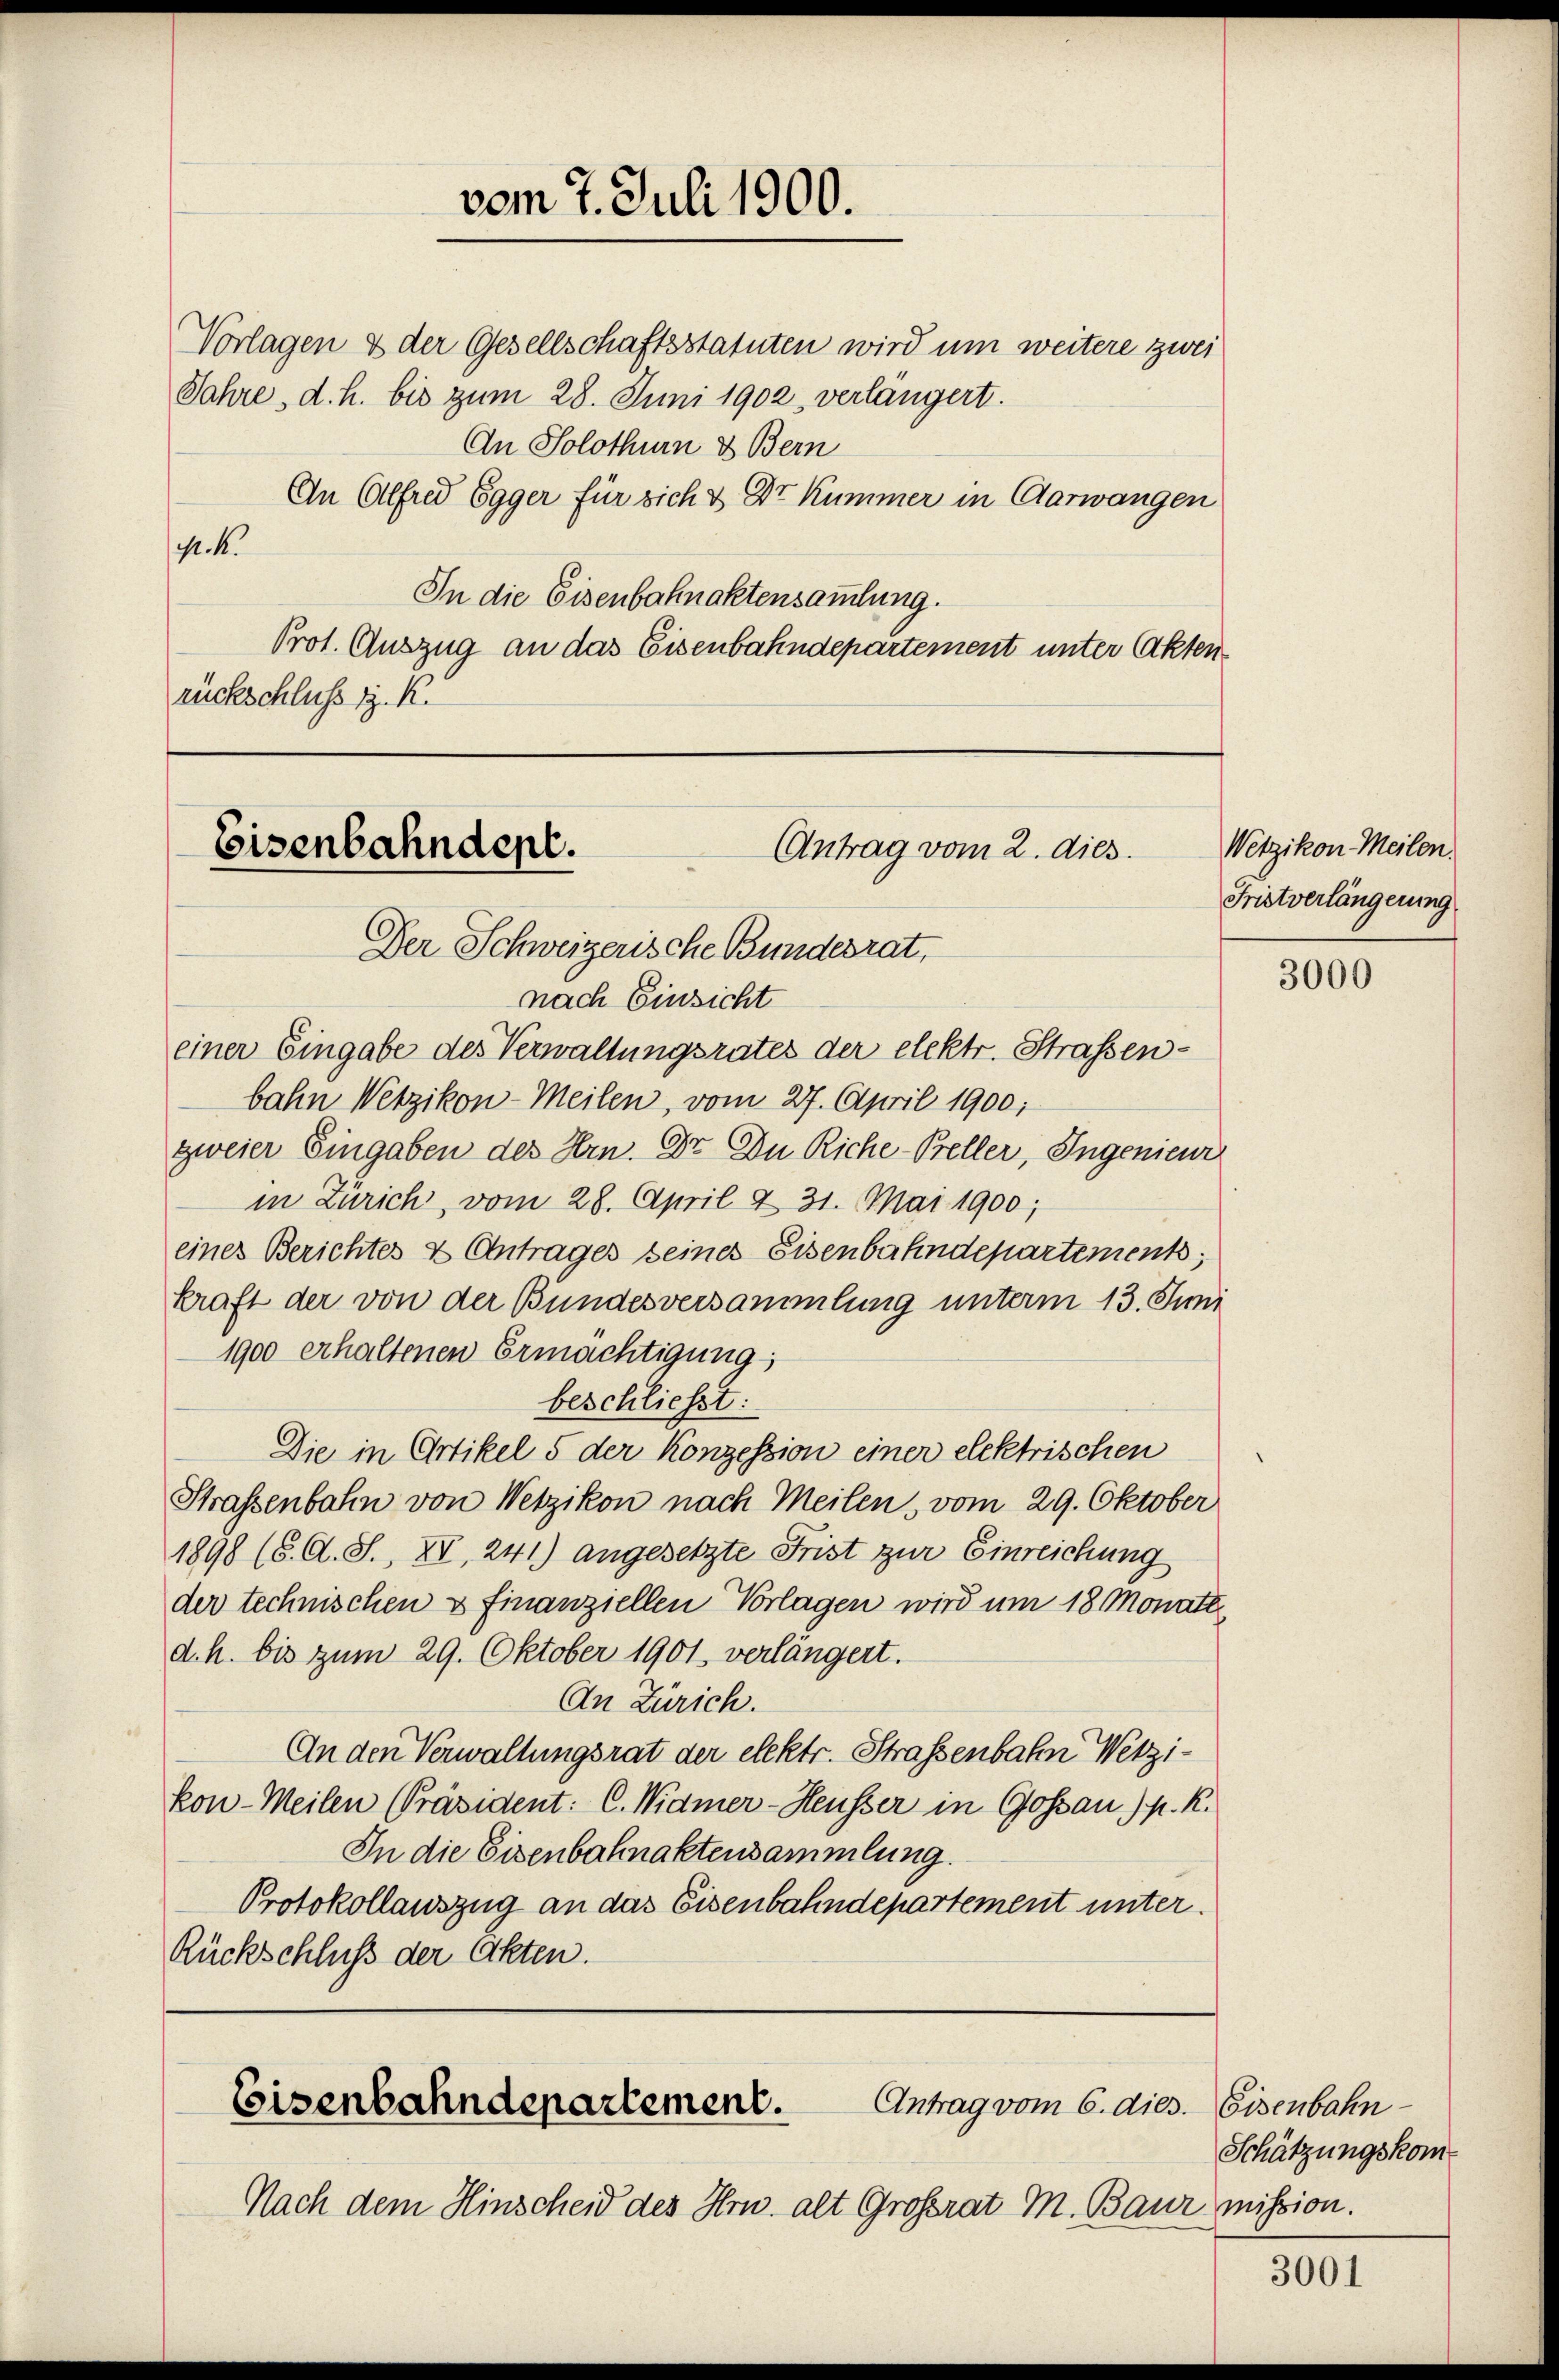
vom 7. Juli 1900.

Vorlagen & der Gesellschaftsstatuten wird um weitere zwei
Jahre, d. h. bis zum 28. Juni 1902 verlangert.
An Solothurn & Bern
An Alfred Egger für sich & Dr Kummer in Aarwangen
G. K.
In die Eisenbahnaktensammlung.
Prot. Auszug an das Eisenbahndepartement unter (Akten
rückschluß d. K.

Eisenbahndept.
Antrag vom 2. dies
Der Schweizerische Bundesrat,

nach Einsicht
einer Eingabe des Verwaltungsrates der elektr. Strassenbahn Wetzikon-Meilen, vom 27. April 1900;
zweier Eingaben des Hrn. Dr. Du Riche-Beller, Ingenieur
in Zürich, vom 28. April & 31. Mai 1900;
eines Berichtes & Antrages seines Eisenbahndepartement;
kraft der von der Bundesversammlung unterm 13. Juni
1900 erhaltenen Ermächtigung
beschliesst:
Die in Artikel 5 der Konzession einer elektrischen
Strassenbahn von Wetzikon nach Meilen, vom 29. Oktober
1898 (6. d. S., XV, 241) angesetzte Frist zur Einreichung
der technischen & finanziellen Vorlagen wird um 18 Monate.
d. h. bis zum 29. Oktober 1901 verlängert.
An Zürich.
An den Verwaltungsrat der elektr. Straßenbahn Wetzikon-Meilen [Präsident: C. Widmer-Heusser in Gossau) K. K.
In die Eisenbahnaktensammlung.
Protokollauszug an das Eisenbahndepartement unter.
Rückschluß der Akten.

Eisenbahndepartement.
Antrag vom 6. dies. Eisenbahn

Nach dem Hinscheid des Hrn. alt Großrat M. Baur mission.

Wetzikon Meilen.
Fristverlängerung

3000

Schätzungskom

3001